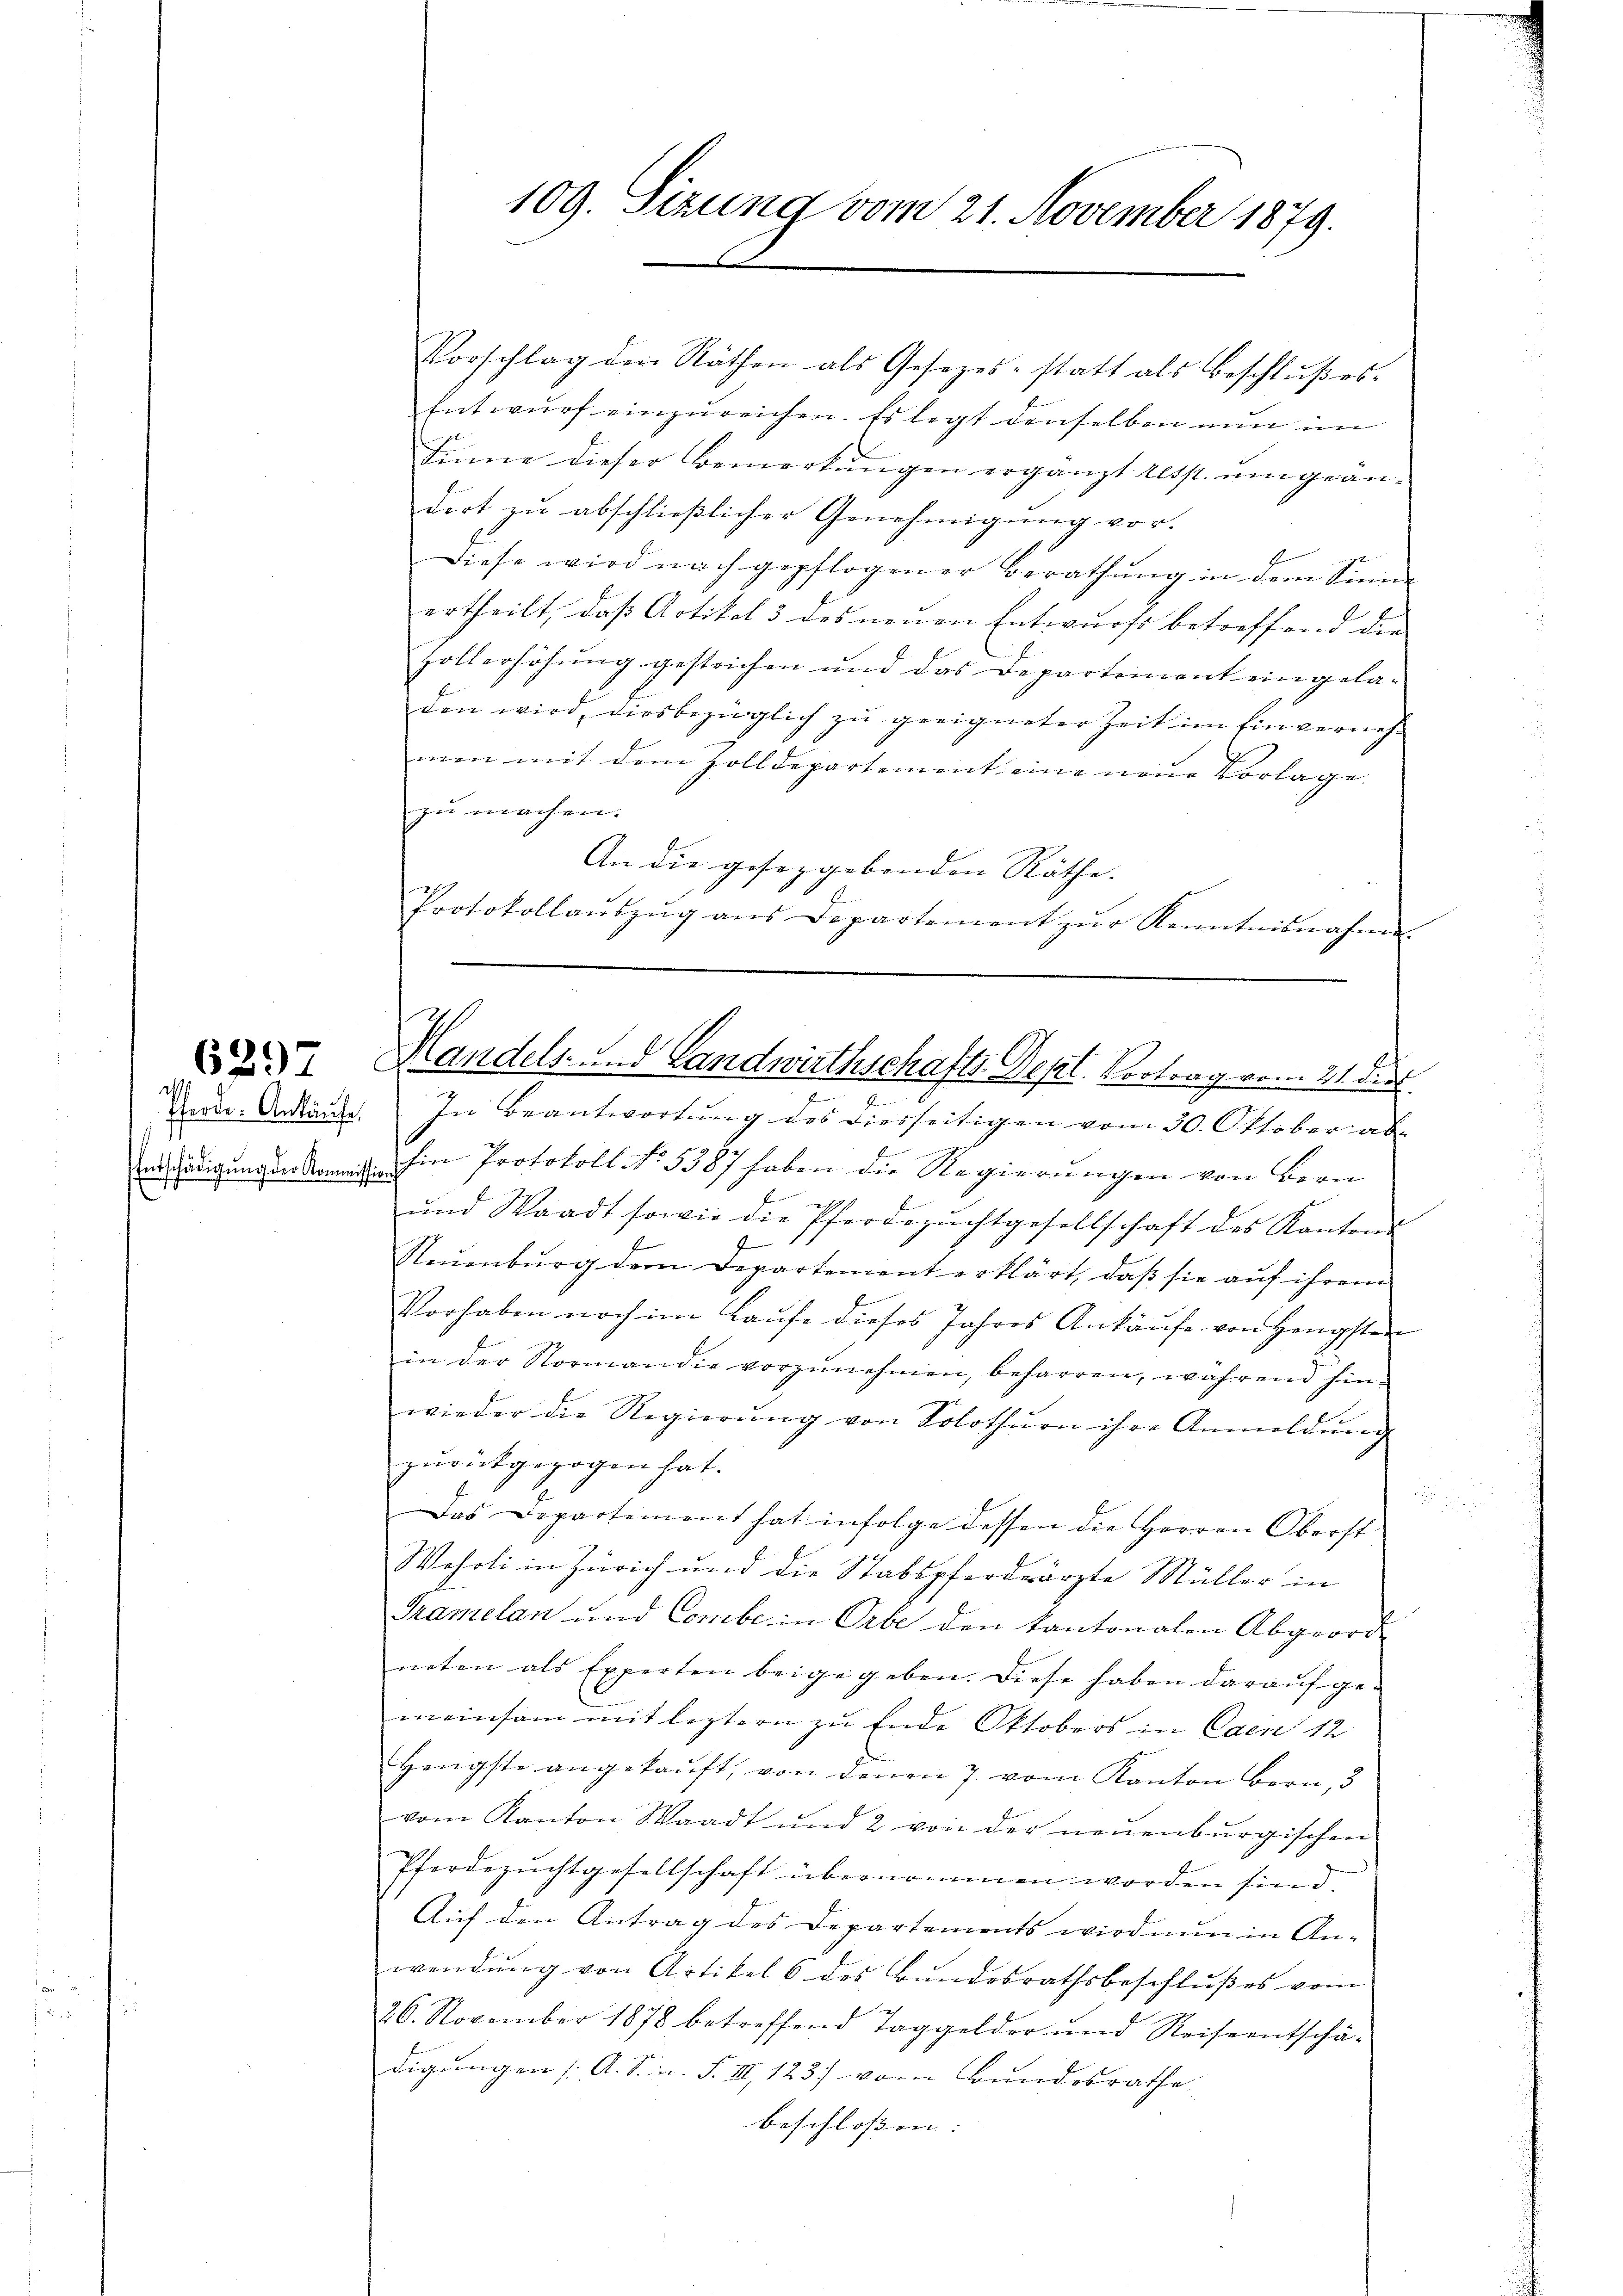
629

Pferde. Ankäufe,
Entschädigung der Kommis

109. Sizung vom 21. November 1879.

Vorschlag den Räthen als Gesezes-statt als Beschlußes.
Entwŭrf einzŭreichen. Es legt denselben nun im
Sinne dieser Bemerkungen ergänzt desst. umgeändert zŭ abschlieβlicher Genehmigŭng vor.
Diese wird nach gepflogener Berathung in dem Sinne
ertheilt, daß Artikel 3 des neuen Entwurfs betreffend die
Zollerhöhung gestrichen und das Departement ein geladen wird, diesbezüglich zŭ geeigneter Zeit im Einvernehmen mit dem Zolldepartement eine neŭe Vorlage.
zu machen.
An die gesetzgebenden Räthe. |
Protokollaŭszŭg aŭs Dipartement zŭr Kenntnisnahme
In Beantwortung des diesseitigen vom 30. Oktober abe
8.
hin Protokoll No 5387 haben die Regierungen von Bern
1
und Waadt sowie die Pferdezŭchtgesellschaft des Kantons-
8
Neuenburg dem Departement erklärt, daß sie auf ihrem
Vorhaben noch im Laŭfe dieses Jahres Ankaŭfe von Hengsten
in der Normandie vorzŭnehmen, beharren, während hin-
wieder die Regierŭng von Solothurn ihre Anmeldŭng
zurückgezogen hat.
Das Departement hat infolge dessen die Herren Oberst
Wehrli in Zürich und die Stabspferdrärzte Müller in
Tramelan und Combe in Erbe den kantonalen Abgeord
neten als Experten beigegeben. Diese haben darauf gemeinsam mit leztern zu Ende Oktobers in Caen 12
Hengste angekaŭft, von denen 7 vom Kanton Bern, 3
vom Kanton Waadt und 2 von der neuenburgischen
Pferdezuchtgesellschaft übernommen worden sind.
Auf den Antrag des Departements wird nun in An-
wendung von Artikel 6 des Bundesrathsbeschlußes vom
26. November 1878 betreffend Taggelder und Reiseentschä-
digungen [A. S. n. F. III 123) vom Bundesrathe
beschloßen:

Handels- und Landwirthschafts-Dept. Vortrag vom 21. des

.